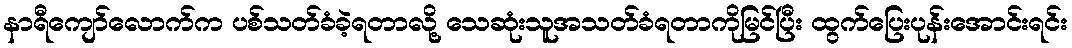
နာရီကျော်လောက်က ပစ်သတ်ခံခဲ့ရတာလို့ သေဆုံးသူအသတ်ခံရတာကိုမြင်ပြီး ထွက်ပြေးပုန်းအောင်းရင်း